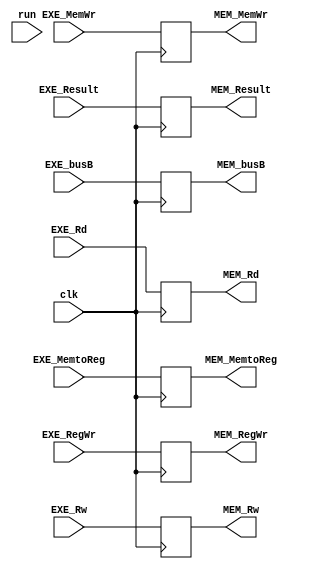
module RegEXE(clk,run,
			EXE_RegWr,EXE_Rw,EXE_Result,EXE_MemWr,EXE_busB,EXE_MemtoReg,EXE_Rd,
			MEM_RegWr,MEM_Rw,MEM_Result,MEM_MemWr,MEM_busB,MEM_MemtoReg,MEM_Rd);
input clk,run;
input EXE_RegWr,EXE_MemWr,EXE_MemtoReg;
input [4:0]EXE_Rw;
input [31:0]EXE_Result;
input [31:0]EXE_busB;
input [4:0]EXE_Rd;

output reg MEM_RegWr,MEM_MemWr,MEM_MemtoReg;
output reg[4:0]MEM_Rw;
output reg[31:0]MEM_Result;
output reg[31:0]MEM_busB;
output reg[4:0]MEM_Rd;

always@(negedge clk)
begin
	MEM_Rw=EXE_Rw;
	MEM_RegWr=EXE_RegWr;
	MEM_MemWr=EXE_MemWr;
	MEM_MemtoReg=EXE_MemtoReg;
	MEM_Result=EXE_Result;
	MEM_busB=EXE_busB;
	MEM_Rd=EXE_Rd;
end
endmodule